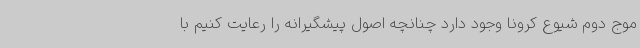
موج دوم شیوع کرونا وجود دارد چنانچه اصول پیشگیرانه را رعایت کنیم با